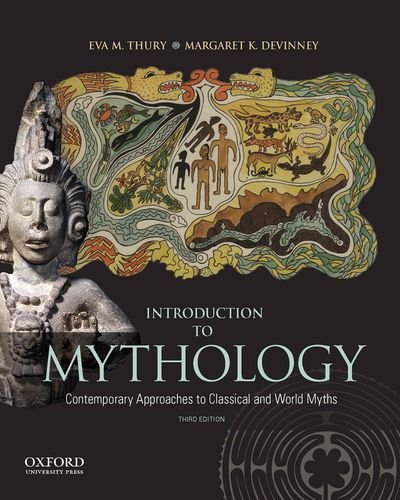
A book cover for Introduction to Mythology: Contemporary Approaches to Classical and World Myths; Eva Thury; Politics & Social Sciences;